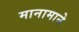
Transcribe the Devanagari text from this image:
मानामाने